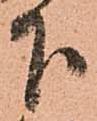
下